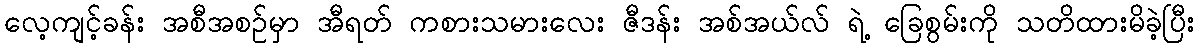
လေ့ကျင့်ခန်း အစီအစဉ်မှာ အီရတ် ကစားသမားလေး ဇီဒန်း အစ်အယ်လ် ရဲ့ ခြေစွမ်းကို သတိထားမိခဲ့ပြီး